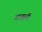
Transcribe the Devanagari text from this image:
गातली